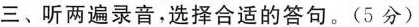
三、听两遍录音,选择合适的答句.(5 分)